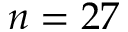
n = 2 7